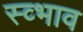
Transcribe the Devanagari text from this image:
स्व्भाव